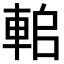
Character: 𨋱